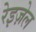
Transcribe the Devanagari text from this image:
रेइज़ेल